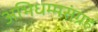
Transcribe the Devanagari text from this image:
अभिधम्मसंग्रह